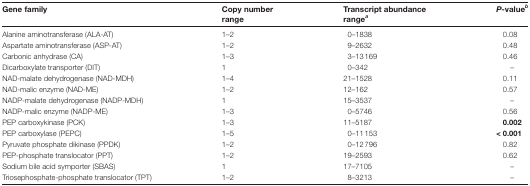
| Gene family | Copy numberrange | Transcript abundancerangea | P-valueb |
 | --- | --- | --- | --- |
 | Alanine aminotransferase (ALA-AT) | 1–2 | 0–1838 | 0.08 |
 | Aspartate aminotransferase (ASP-AT) | 1–2 | 9–2632 | 0.48 |
 | Carbonic anhydrase (CA) | 1–3 | 3–13169 | 0.46 |
 | Dicarboxylate transporter (DIT) | 1 | 0–342 | – |
 | NAD-malate dehydrogenase (NAD-MDH) | 1–4 | 21–1528 | 0.11 |
 | NAD-malic enzyme (NAD-ME) | 1–2 | 12–162 | 0.57 |
 | NADP-malate dehydrogenase (NADP-MDH) | 1 | 15–3537 | – |
 | NADP-malic enzyme (NADP-ME) | 1–3 | 0–5746 | 0.56 |
 | PEP carboxykinase (PCK) | 1–3 | 11–5187 | 0.002 |
 | PEP carboxylase (PEPC) | 1–5 | 0–11153 | < 0.001 |
 | Pyruvate phosphate dikinase (PPDK) | 1–2 | 0–12796 | 0.82 |
 | PEP-phosphate translocator (PPT) | 1–2 | 19–2593 | 0.62 |
 | Sodium bile acid symporter (SBAS) | 1 | 17–7105 | – |
 | Triosephosphate-phosphate translocator (TPT) | 1–2 | 8–3213 | – |